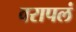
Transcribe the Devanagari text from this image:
वरापलं